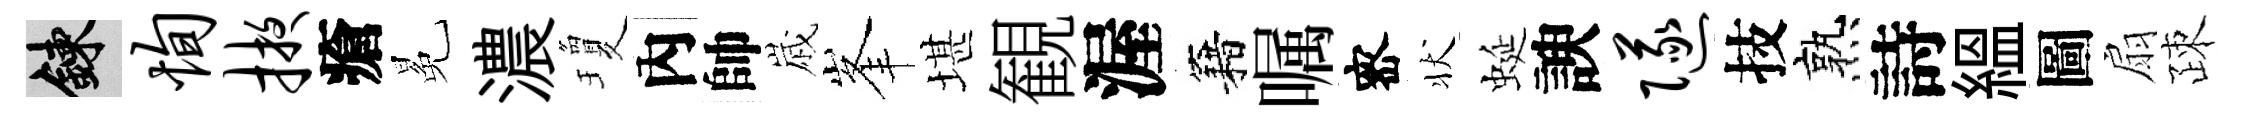
練恂掖瘡冕濃瓊內帥𡻕峯堪観渥籍嘱宻状蜒諛隧技熟詩緼圖扇疎